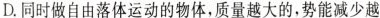
D.同时做自由落体运动的物体，质量越大的，势能减少越